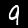
Digit: 9